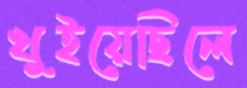
খুইয়েছিলে